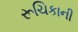
રૂચિકાની